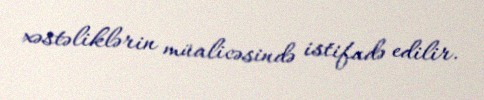
xəstəliklərin müalicəsində istifadə edilir.